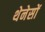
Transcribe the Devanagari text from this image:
थेनेसों